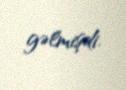
gəlmişdi.